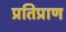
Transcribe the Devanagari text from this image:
प्रतिप्राण